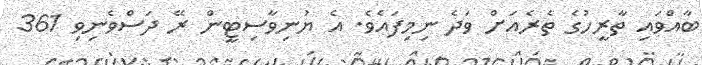
ބާއްވައި ތާރީހުގެ ތެރެއަށް ވަދެ ނިމިފައެވެ. އެ ޔުނިވާސިޓީން ރޭ ދަސްވެނިވި 361